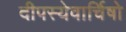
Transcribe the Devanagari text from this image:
दीपस्येवार्चिषो